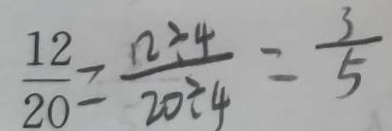
\frac { 1 2 } { 2 0 } = \frac { 1 2 \div 4 } { 2 0 \div 4 } = \frac { 3 } { 5 }